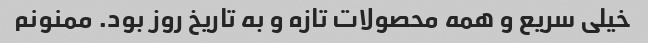
خیلی سریع و همه محصولات تازه و به تاریخ روز بود. ممنونم